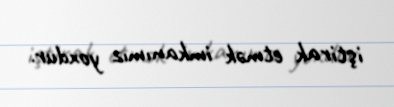
iştirak etmək imkanımız yoxdur.